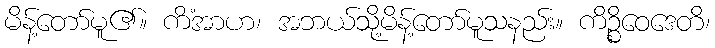
မိန့်တော်မူ၏။ ကိံအာဟ၊ အဘယ်သို့မိန့်တော်မူသနည်း။ ကိဉ္စိဝေဒေတိ၊